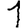
Digit: 1